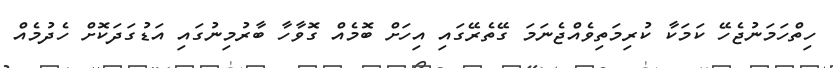
ހިތްހަމަނުޖެހޭ ކަމަކާ ކުރިމަތިވެއްޖެނަމަ ގޭތެރޭގައި އިހަށް ބޮމެއް ގޮވާހާ ބާރުމިނުގައި އަޑުގަދަކޮށް ހެދުމެއް